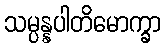
သမ္ပန္နပါတိမောက္ခာ